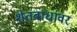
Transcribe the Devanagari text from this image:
शेतबांधावर